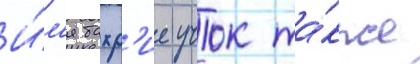
И́м'я бахр'ие учок та́кже